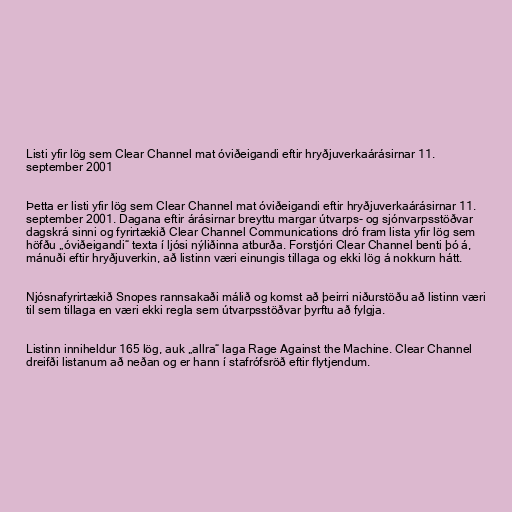
Listi yfir lög sem Clear Channel mat óviðeigandi eftir hryðjuverkaárásirnar 11.
september 2001

Þetta er listi yfir lög sem Clear Channel mat óviðeigandi eftir hryðjuverkaárásirnar 11.
september 2001. Dagana eftir árásirnar breyttu margar útvarps- og sjónvarpsstöðvar
dagskrá sinni og fyrirtækið Clear Channel Communications dró fram lista yfir lög sem
höfðu „óviðeigandi“ texta í ljósi nýliðinna atburða. Forstjóri Clear Channel benti þó á,
mánuði eftir hryðjuverkin, að listinn væri einungis tillaga og ekki lög á nokkurn hátt.

Njósnafyrirtækið Snopes rannsakaði málið og komst að þeirri niðurstöðu að listinn væri
til sem tillaga en væri ekki regla sem útvarpsstöðvar þyrftu að fylgja.

Listinn inniheldur 165 lög, auk „allra“ laga Rage Against the Machine. Clear Channel
dreifði listanum að neðan og er hann í stafrófsröð eftir flytjendum.